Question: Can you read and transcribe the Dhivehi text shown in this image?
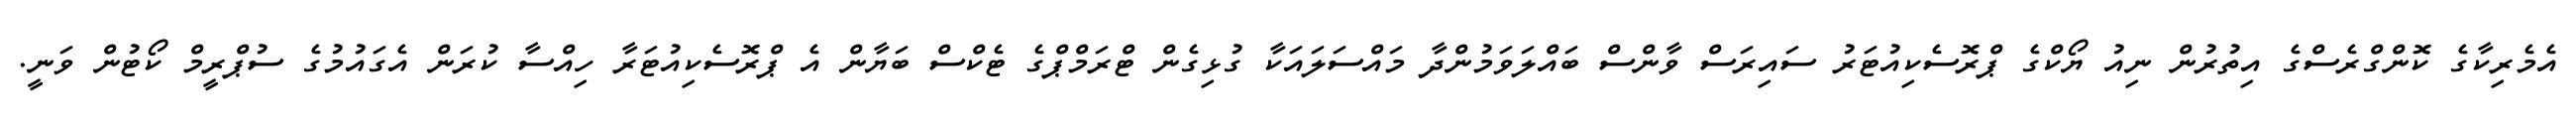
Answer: އެމެރިކާގެ ކޮންގްރެސްގެ އިތުރުން ނިއު ޔޯކްގެ ޕްރޮސެކިއުޓަރު ސައިރަސް ވާންސް ބައްލަވަމުންދާ މައްސަލައަކާ ގުޅިގެން ޓްރަމްޕްގެ ޓެކްސް ބަޔާން އެ ޕްރޮސެކިއުޓަރާ ހިއްސާ ކުރަން އެގައުމުގެ ސުޕްރީމް ކޯޓުން ވަނީ.